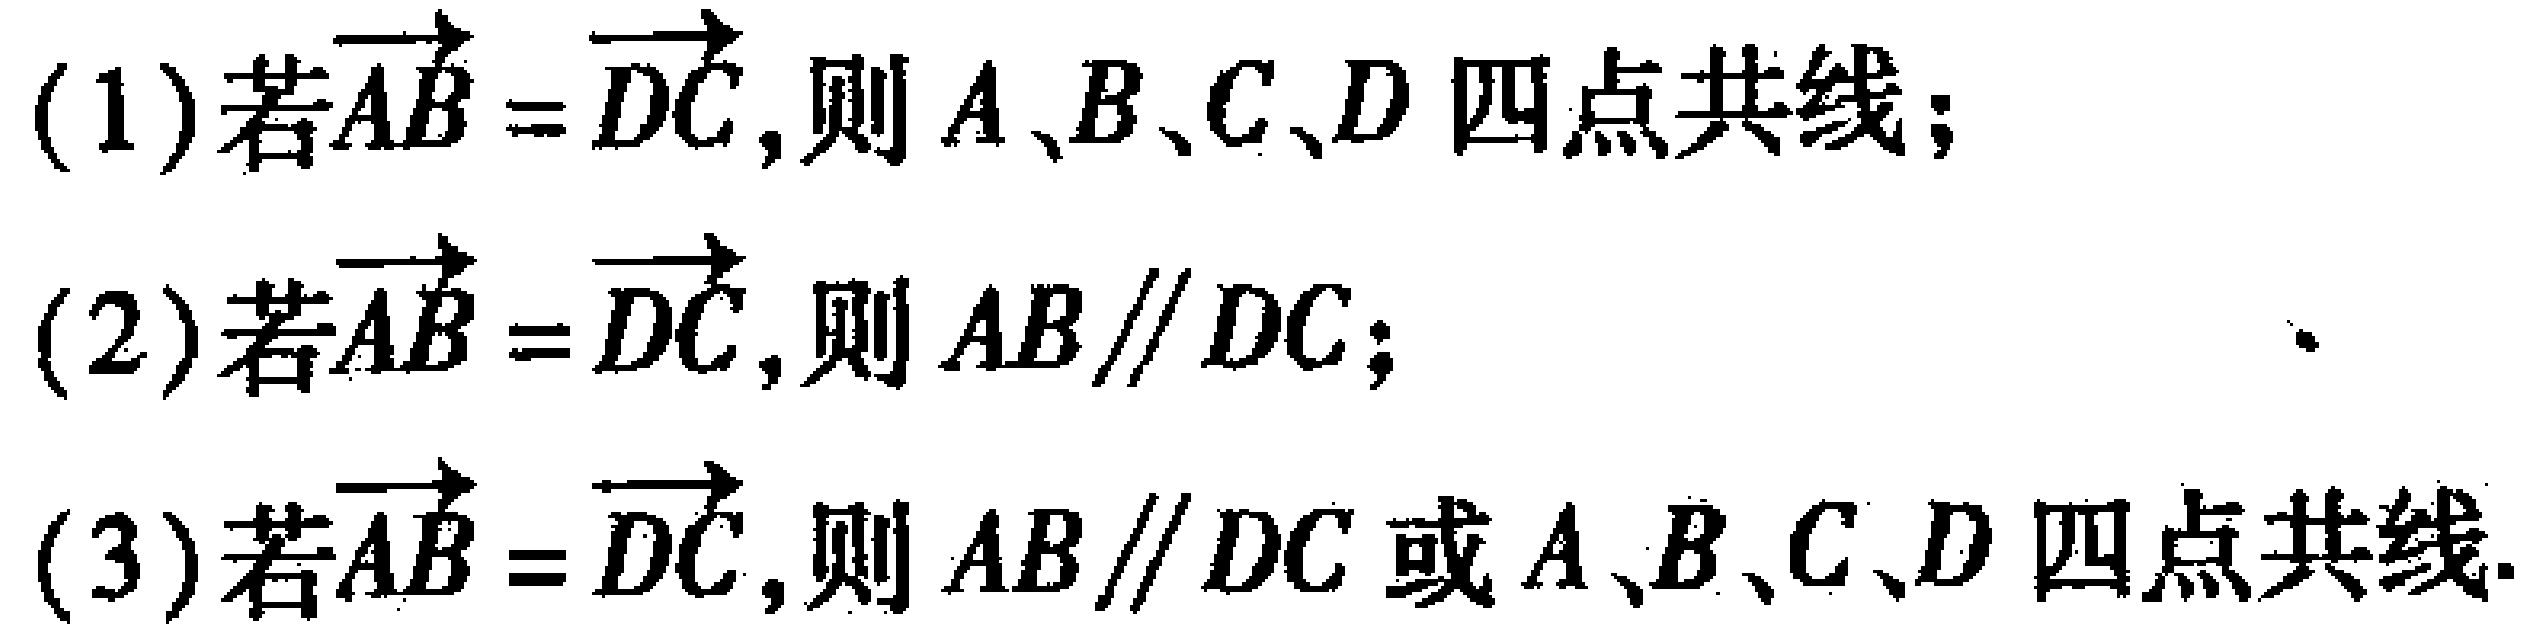
(1)若\(\overrightarrow{AB}=\overrightarrow{DC}\),则\(A、B、C、D\)四点共线；
(2)若\(\overrightarrow{AB}=\overrightarrow{DC}\),则\(AB\parallel DC\)；
(3)若\(\overrightarrow{AB}=\overrightarrow{DC}\),则\(AB\parallel DC\)或\(A、B、C、D\)四点共线.